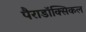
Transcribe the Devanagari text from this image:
पैराडॉक्सिकल